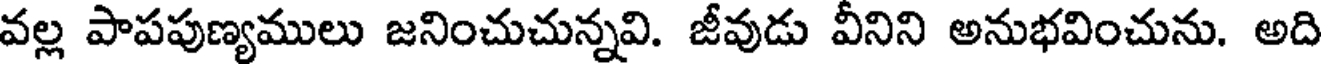
వల్ల పాపపుణ్యములు జనించుచున్నవి. జీవుడు వీనిని అనుభవించును. అది